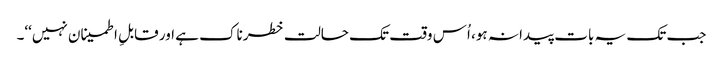
جب تک یہ بات پیدا نہ ہو، اُس وقت تک حالت خطرناک ہے اور قابلِ اطمینان نہیں‘‘۔